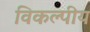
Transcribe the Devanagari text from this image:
विकल्पीय